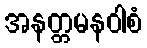
အနတ္တမနဝါစံ